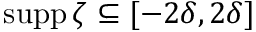
\operatorname { s u p p } \zeta \subseteq [ - 2 \delta , 2 \delta ]